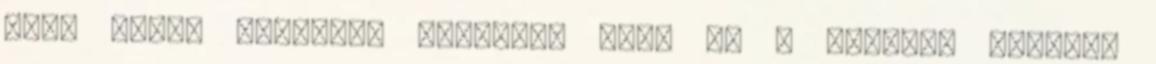
mint autót vezetni. Képzelje csak el A múltkor utazott